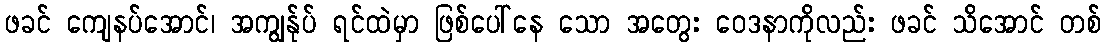
ဖခင် ကျေနပ်အောင်၊ အကျွန်ုပ် ရင်ထဲမှာ ဖြစ်ပေါ်နေ သော အတွေး ဝေဒနာကိုလည်း ဖခင် သိအောင် တစ်